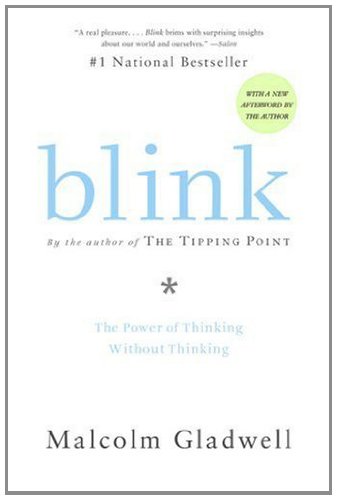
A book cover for Blink: The Power of Thinking Without Thinking; Malcolm Gladwell; Self-Help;